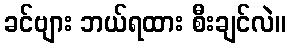
ခင်ဗျား ဘယ်ရထား စီးချင်လဲ။